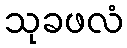
သုခဖလံ